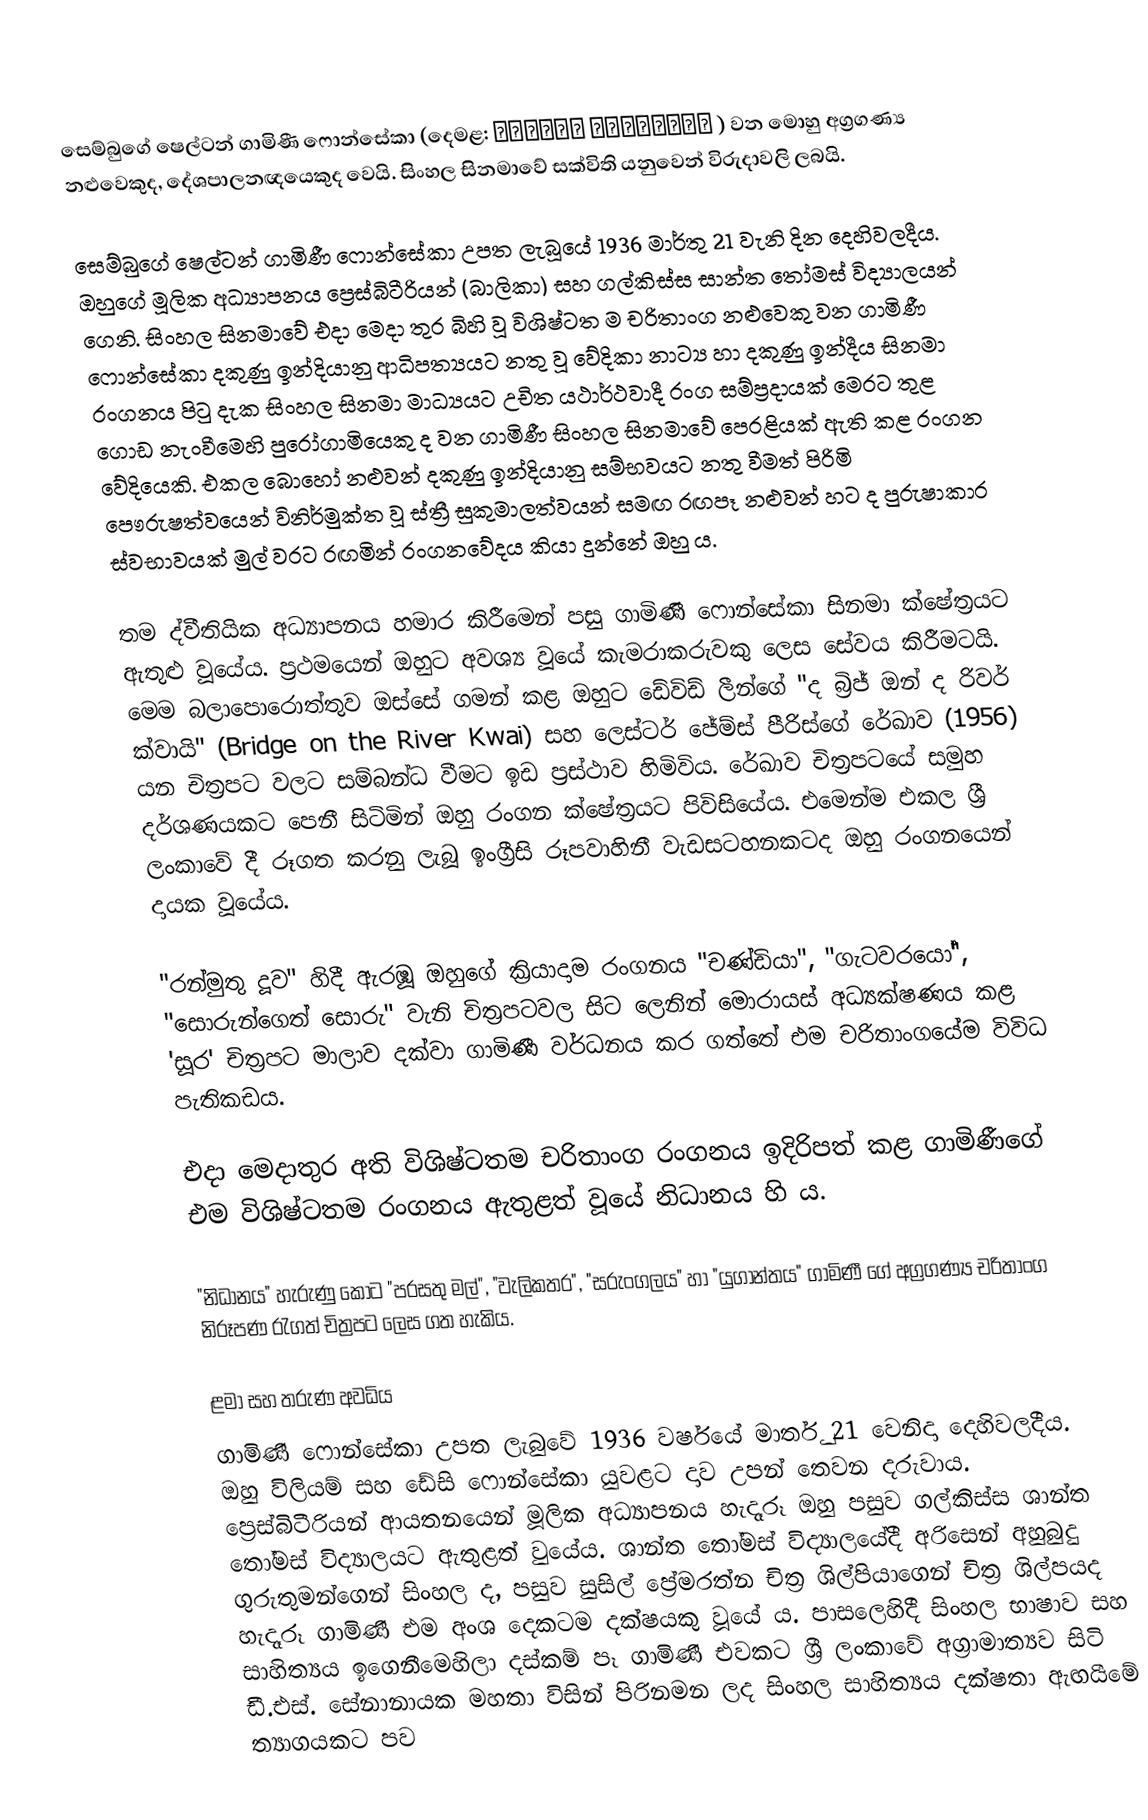
සෙම්බුගේ ෂෙල්ටන් ගාමිණී ෆොන්සේකා (දෙමළ: காமிணீ பொன்சேகா ) වන මොහු අග්‍රගණ්‍ය නළුවෙකුද, දේශපාලනඥයෙකුද වෙයි. සිංහල සිනමාවේ සක්විති යනුවෙන් විරුදාවලි ලබයි.

සෙම්බුගේ ෂෙල්ටන් ගාමිණී ෆොන්සේකා උපත ලැබූයේ 1936 මාර්තු 21 වැනි දින දෙහිවලදීය. ඔහුගේ මූලික අධ්‍යාපනය ප්‍රෙස්බිටීරියන් (බාලිකා) සහ ගල්කිස්ස සාන්ත තෝමස් විද්‍යාලයන් ගෙනි. සිංහල සිනමාවේ එදා මෙදා තුර බිහි වූ විශිෂ්ටත ම චරිතාංග නළුවෙකු වන ගාමිණී ෆොන්සේකා දකුණු ඉන්දියානු ආධිපත්‍යයට නතු වූ වේදිකා නාට්‍ය හා දකුණු ඉන්දීය සිනමා රංගනය පිටු දැක සිංහල සිනමා මාධ්‍යයට උචිත යථාර්ථවාදී රංග සම්ප්‍රදායක් මෙරට තුළ ගොඩ නැංවීමෙහි පුරෝගාමියෙකු ද වන ගාමිණී සිංහල සිනමාවේ පෙරළියක් ඇති කළ රංගන වේදියෙකි. එකල බොහෝ නළුවන් දකුණු ඉන්දියානු සම්භවයට නතු වීමත් පිරිමි පෞරුෂත්වයෙන් විනිර්මුක්ත වූ ස්ත්‍රී සුකුමාලත්වයන් සමඟ රඟපෑ නළුවන් හට ද පුරුෂාකාර ස්වභාවයක් මුල් වරට රඟමින් රංගනවේදය කියා දුන්නේ ඔහු ය.

තම ද්වීතියික අධ්‍යාපනය හමාර කිරීමෙන් පසු ගාමිණී ෆොන්සේකා සිනමා ක්ෂේත්‍රයට ඇතුළු වූයේය. ප්‍රථමයෙන් ඔහුට අවශ්‍ය වූයේ කැමරාකරුවකු ලෙස සේවය කිරීමටයි. මෙම බලාපොරොත්තුව ඔස්සේ ගමන් කළ ඔහුට ඩේවිඩ් ලීන්ගේ "ද බ්‍රිජ් ඔන් ද රිවර් ක්වායි" (Bridge on the River Kwai) සහ ලෙස්ටර් ජේම්ස් පීරිස්ගේ රේඛාව (1956) යන චිත්‍රපට වලට සම්බන්ධ වීමට ඉඩ ප්‍රස්ථාව හිමිවිය. රේඛාව චිත්‍රපටයේ සමුහ දර්ශණයකට පෙනී සිටිමින් ඔහු රංගන ක්ෂේත්‍රයට පිවිසියේය. එමෙන්ම එකල ශ්‍රී ලංකාවේ දී රූගත කරනු ලැබූ ඉංග්‍රීසි රූපවාහිනී වැඩසටහනකටද ඔහු රංගනයෙන් දායක වූයේය.

"රන්මුතු දූව" හිදී ඇරඹූ ඔහුගේ ක්‍රියාදාම රංගනය "චණ්ඩියා", "ගැටවරයෝ", "සොරුන්ගෙත් සොරු" වැනි චිත්‍රපටවල සිට ලෙනින් මොරායස් අධ්‍යක්ෂණය කළ 'සූර' චිත්‍රපට මාලාව දක්වා ගාමිණී වර්ධනය කර ගත්තේ එම චරිතාංගයේම විවිධ පැතිකඩය.

එදා මෙදාතුර අති විශිෂ්ටතම චරිතාංග රංගනය ඉදිරිපත් කළ ගාමිණීගේ එම විශිෂ්ටතම රංගනය ඇතුළත් වූයේ නිධානය හි ය.

"නිධානය" හැරුණු කොට "පරසතු මල්", "වැලිකතර", "සරුංගලය" හා "යුගාන්තය" ගාමිණී ගේ අග්‍රගණ්‍ය චරිතාංග නිරූපණ රැගත් චිත්‍රපට ලෙස ගත හැකිය.

ළමා සහ තරුණ අවධිය
ගාමිණී ෆොන්සේකා උපත ලැබුවේ 1936 වර්ෂයේ මාර්තු 21 වෙනිදා දෙහිවලදීය. ඔහු විලියම් සහ ඩේසි ෆොන්සේකා යුවළට දාව උපන් තෙවන දරුවාය. ප්‍රෙස්බිටීරියන් ආයතනයෙන් මූලික අධ්‍යාපනය හැදෑරූ ඔහු පසුව ගල්කිස්ස ශාන්ත තෝමස් විද්‍යාලයට ඇතුළත් වුයේය. ශාන්ත තෝමස් විද්‍යාලයේදී අරිසෙන් අහුබුදු ගුරුතුමන්ගෙන් සිංහල ද, පසුව සුසිල් ප්‍රේමරත්න චිත්‍ර ශිල්පියාගෙන් චිත්‍ර ශිල්පයද හැදෑරූ ගාමිණී එම අංශ දෙකටම දක්ෂයකු වූයේ ය. පාසලෙහිදී සිංහල භාෂාව සහ සාහිත්‍යය ඉගෙනීමෙහිලා දස්කම් පෑ ගාමිණී එවකට ශ්‍රී ලංකාවේ අග්‍රාමාත්‍යව සිටි ඩී.එස්. සේනානායක මහතා විසින් පිරිනමන ලද සිංහල සාහිත්‍යය දක්ෂතා ඇඟයීමේ ත්‍යාගයකට පව